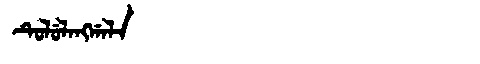
Manchu: ᡨᡠᠯᡠᠯᠠᠩᡤᠠᠯᠠ
Romanization: TULULANGGALA